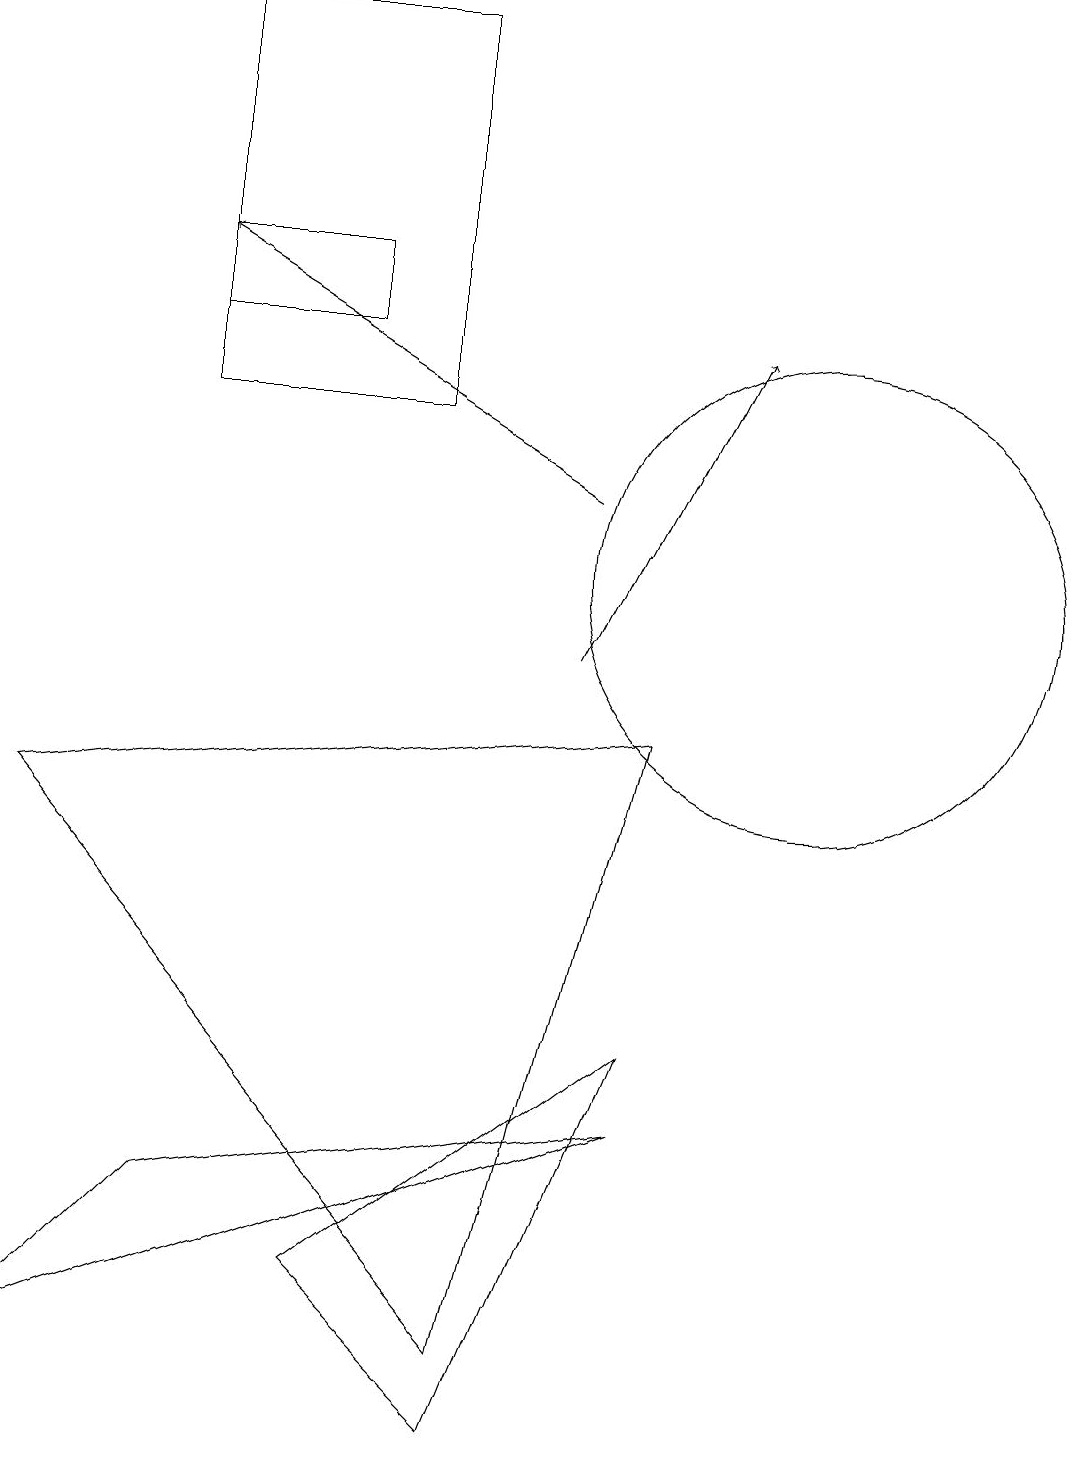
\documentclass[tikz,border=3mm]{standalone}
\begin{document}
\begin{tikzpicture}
\draw (2,3) -- (0,1) -- (8,4) -- cycle;
\draw (10,11) circle (3);
\draw (8,5) -- (6,0) -- (4,2) -- cycle;
\draw (8,9) -- (0,8) -- (6,1) -- cycle;
\draw[->] (7,12) -- (2,15);
\draw (2,18) rectangle (5,13);
\draw (2,15) rectangle (4,14);
\draw[->] (7,10) -- (9,14);
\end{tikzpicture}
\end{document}